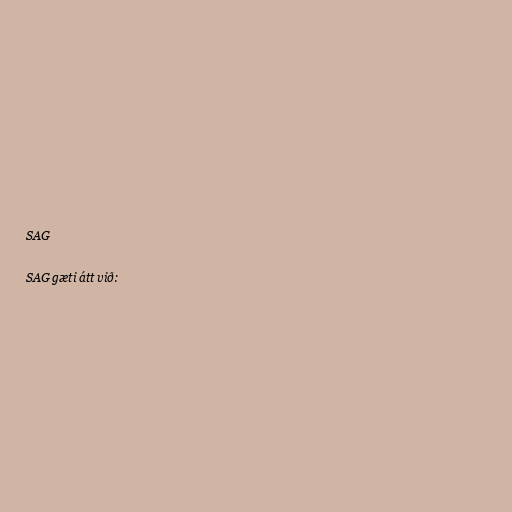
SAG

SAG gæti átt við: